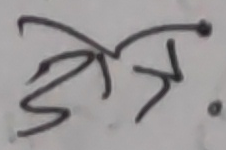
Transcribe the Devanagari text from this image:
जोत्र.